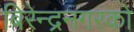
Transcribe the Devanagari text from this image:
बिरेन्द्रनगरको